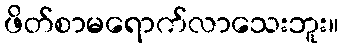
ဖိတ်စာမရောက်လာသေးဘူး။